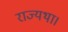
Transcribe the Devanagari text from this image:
राज्यथा।